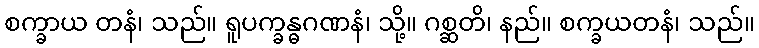
စက္ခာယ တနံ၊ သည်။ ရူပက္ခန္ဓဂဏနံ၊ သို့။ ဂစ္ဆတိ၊ နည်။ စက္ခယတနံ၊ သည်။